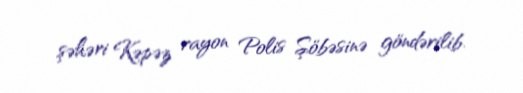
şəhəri Kəpəz rayon Polis Şöbəsinə göndərilib.